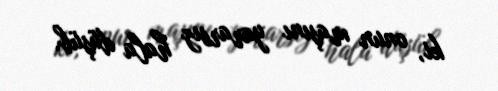
ki, onun maşını yararsız hala düşüb.